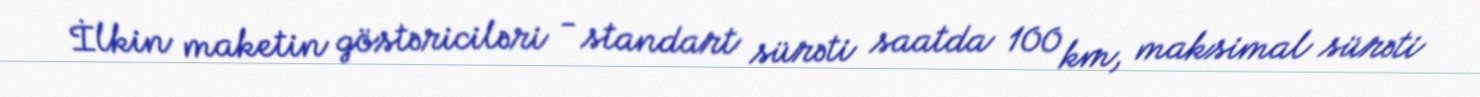
İlkin maketin göstəriciləri - standart sürəti saatda 100 km, maksimal sürəti